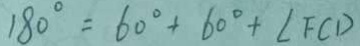
1 8 0 ^ { \circ } = 6 0 ^ { \circ } + 6 0 ^ { \circ } + \angle F C D